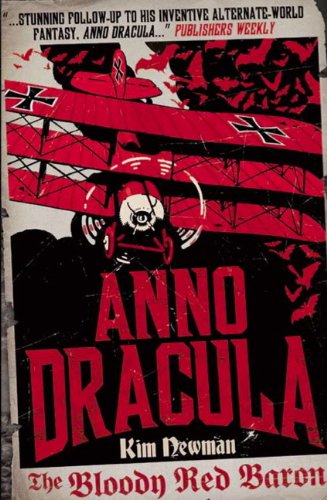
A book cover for Anno Dracula: The Bloody Red Baron; Kim Newman; Literature & Fiction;